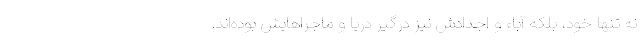
نه تنها خود، بلکه آباء و اجدادش نیز درگیر دریا و ماجراهایش بوده‌اند.